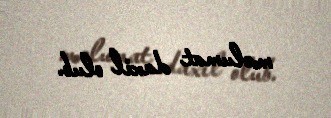
məlumat daxil olub.